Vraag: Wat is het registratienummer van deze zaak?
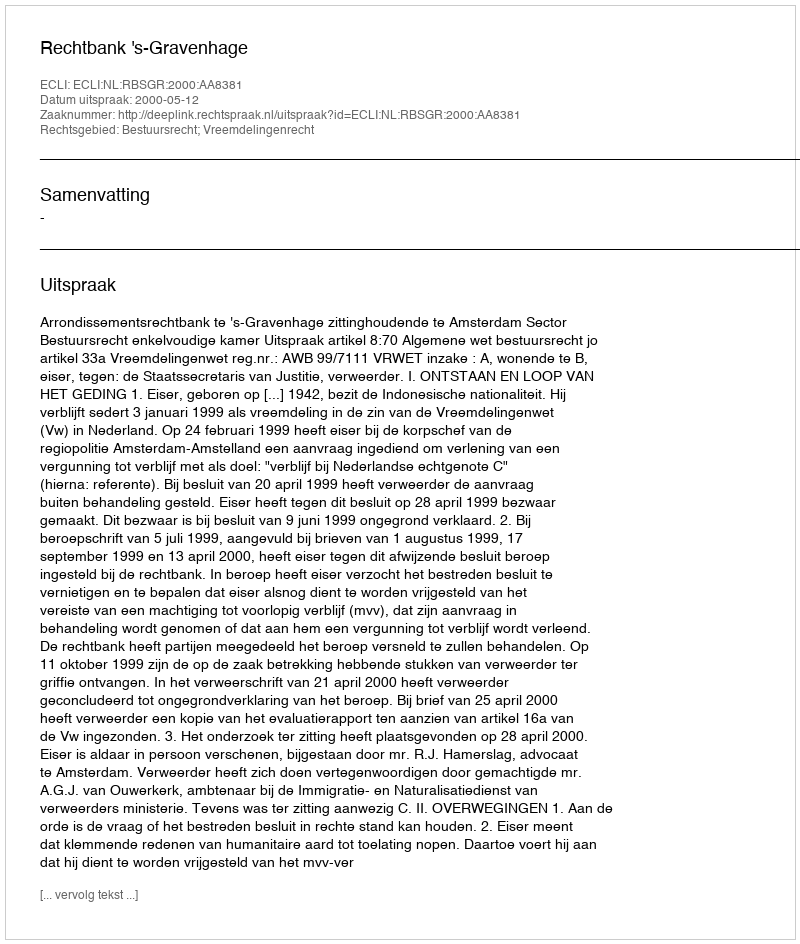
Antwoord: http://deeplink.rechtspraak.nl/uitspraak?id=ECLI:NL:RBSGR:2000:AA8381